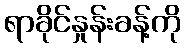
ရာခိုင်နှုန်းခန့်ကို